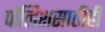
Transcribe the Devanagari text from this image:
पॉलिशसाठीही